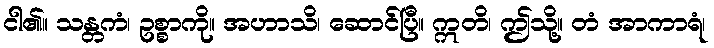
ငါ၏။ သန္တကံ၊ ဥစ္စာကို။ အဟာသိ၊ ဆောင်ပြီ။ ဣတိ၊ ဤသို့။ တံ အာကာရံ၊